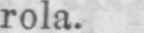
rola.